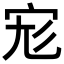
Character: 𡧞